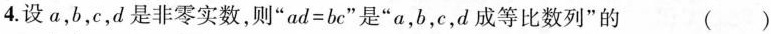
4.设a，b，c，d是非零实数，则”$$ad=bc$$”是”a，b，c，d成等比数列”的 （ ）